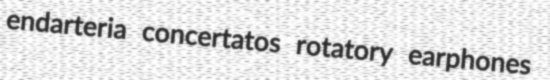
endarteria concertatos rotatory earphones